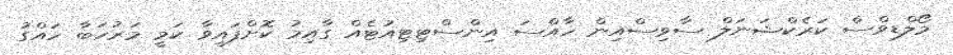
މޯލްޑިވްސް ކަރެކްޝަނަލް ސާވިސްއިން ހާއްސަ އިންސްޓިޓިއުޓެއް ގާއިމު ކޮށްފައިވާ ކަމީ މަރުހަބާ ހައްގު